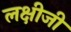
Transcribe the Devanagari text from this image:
लक्षीजी